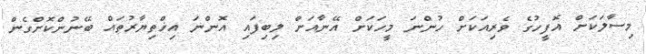
މިސާލަކަށް އޮފީހުގެ ވެރިއަކަށް ހުންނަ މީހަކަށް އޭނާއަށް ލިބިފައި އޮންނަ އިޚްތިޔާރުތައް ބޭނުންކޮށްގެން